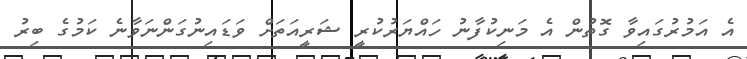
އެ އަމުރުގައިވާ ގޮތުން އެ މަނިކުފާނު ހައްޔަރުކުރީ ޝަރީއަތަށް ވަޑައިނުގަންނަވާނެ ކަމުގެ ބިރު